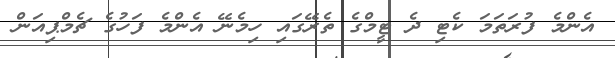
އެންމެ ފުރަތަމަ ކެޓި ދެ ޓީމްގެ ތެރޭގައި ހިމެނޭ އެންމެ ފަހުގެ ޗެމްޕިއަން